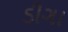
ડીગા